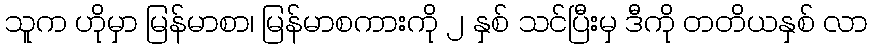
သူက ဟိုမှာ မြန်မာစာ၊ မြန်မာစကားကို ၂ နှစ် သင်ပြီးမှ ဒီကို တတိယနှစ် လာ